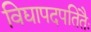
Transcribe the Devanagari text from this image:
विद्यापदपतितैः